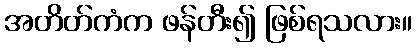
အတိတ်ကံက ဖန်တီး၍ ဖြစ်ရသလား။